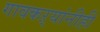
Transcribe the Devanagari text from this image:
गावकऱ्यांनीही